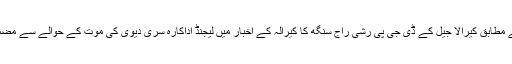
تفصیلات کے مطابق کیرالا جیل کے ڈی جی پی رشی راج سنگھ کا کیرالہ کے اخبار میں لیجنڈ اداکارہ سری دیوی کی موت کے حوالے سے مضمون شائع ہوا۔